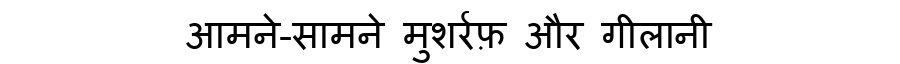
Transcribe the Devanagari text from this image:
आमने-सामने मुशर्रफ़ और गीलानी